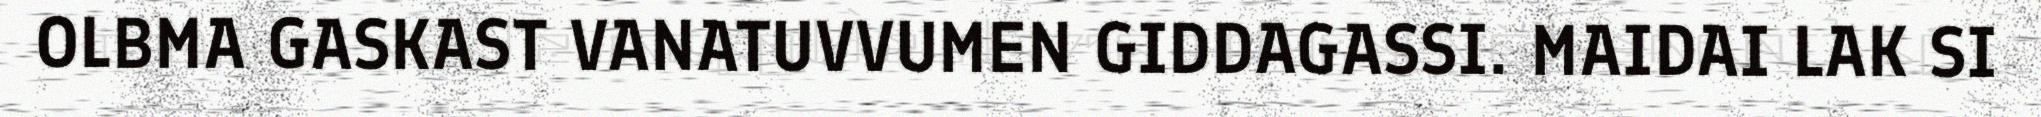
OLBMA GASKAST VANATUVVUMEN GIDDAGASSI. MAIDAI LAK SI